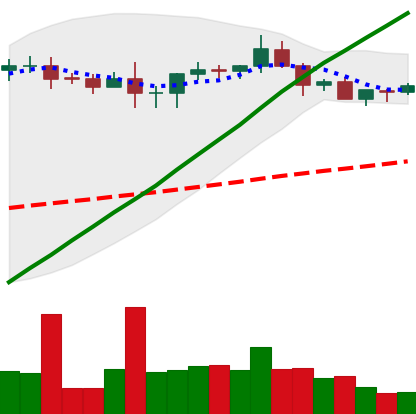
Ticker: XRP-USD
Chart end date: 2020-08-24
Forward return: -5.089%
Label: down_5_7